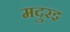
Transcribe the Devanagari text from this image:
मदुरइ